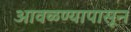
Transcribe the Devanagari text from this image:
आवळण्यापासून